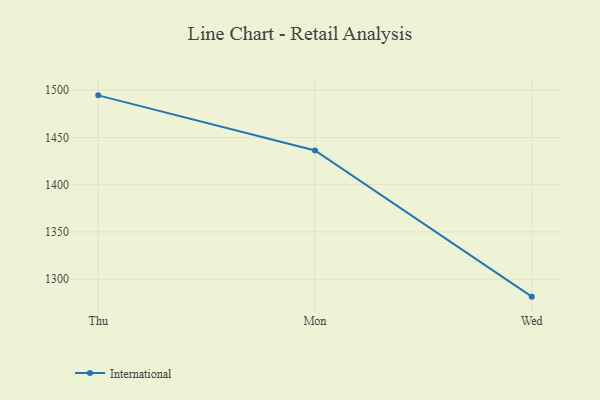
{"axis": {"x": "Day", "y": "Demand Index"}, "legend": ["International"], "data": [{"x": "Thu", "y": 1494.5, "type": "International"}, {"x": "Mon", "y": 1436.2, "type": "International"}, {"x": "Wed", "y": 1281.5, "type": "International"}]}